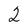
Character: 2